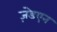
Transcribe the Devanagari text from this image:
ज़ेडएन